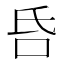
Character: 𠯑